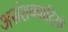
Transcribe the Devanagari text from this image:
असंशयवादियों